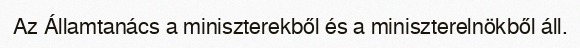
Az Államtanács a miniszterekből és a miniszterelnökből áll.